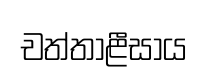
චත්තාළීසාය